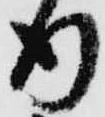
行